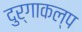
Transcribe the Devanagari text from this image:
दुर्गाकल्प